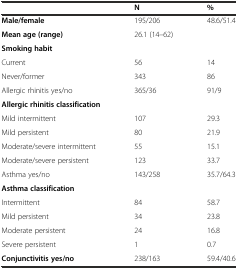
|  | N | % |
 | --- | --- | --- |
 | Male/female | 195/206 | 48.6/51.4 |
 | Mean age (range) | 26.1 (14–62) |  |
 | Smoking habit |  |  |
 | Current | 56 | 14 |
 | Never/former | 343 | 86 |
 | Allergic rhinitis yes/no | 365/36 | 91/9 |
 | Allergic rhinitis classification |  |  |
 | Mild intermittent | 107 | 29.3 |
 | Mild persistent | 80 | 21.9 |
 | Moderate/severe intermittent | 55 | 15.1 |
 | Moderate/severe persistent | 123 | 33.7 |
 | Asthma yes/no | 143/258 | 35.7/64.3 |
 | Asthma classification |  |  |
 | Intermittent | 84 | 58.7 |
 | Mild persistent | 34 | 23.8 |
 | Moderate persistent | 24 | 16.8 |
 | Severe persistent | 1 | 0.7 |
 | Conjunctivitis yes/no | 238/163 | 59.4/40.6 |